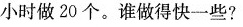
小时做20个。谁做得快一些?